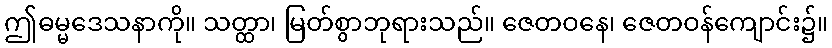
ဤဓမ္မဒေသနာကို။ သတ္ထာ၊ မြတ်စွာဘုရားသည်။ ဇေတဝနေ၊ ဇေတဝန်ကျောင်း၌။